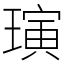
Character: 璌